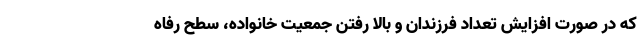
که در صورت افزایش تعداد فرزندان و بالا رفتن جمعیت خانواده، سطح رفاه